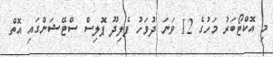
މި އޮކްޓޯބަރު މަހުގެ 12 ވަނަ ދުވަހު ފެލިދޫ ޕޮލިސް ސްޓޭޝަންގައި އޮތް